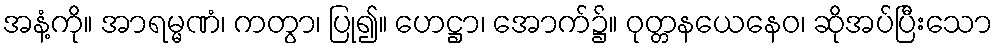
အနံ့ကို။ အာရမ္မဏံ၊ ကတွာ၊ ပြု၍။ ဟေဋ္ဌာ၊ အောက်၌။ ဝုတ္တနယေနေဝ၊ ဆိုအပ်ပြီးသော